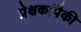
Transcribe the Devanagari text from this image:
प्रेक्षकांपैकी